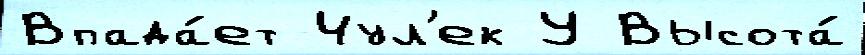
Впада́ет Чул'ек У Высота́